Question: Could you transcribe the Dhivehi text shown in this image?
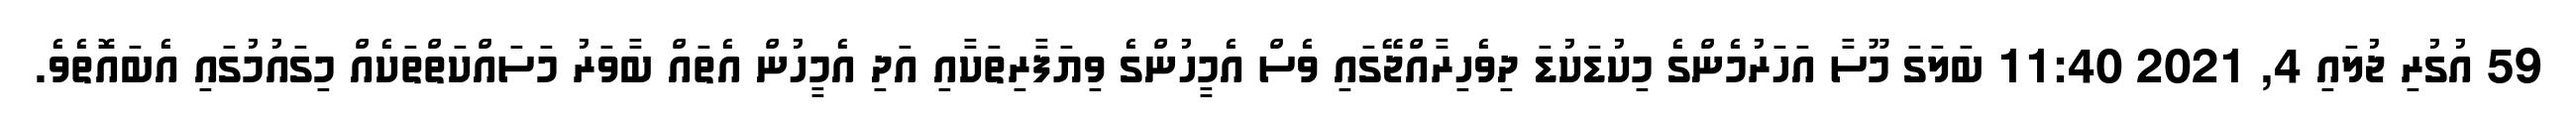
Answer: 59 އުގުރި ޖުލައި 4, 2021 11:40 ބަލަގަ މޫސާ އަހަރުމެންގެ މިކުޑަކުޑަ ދިވެހިރާއްޖޭގައި ވެސް އެމީހުންގެ ވިޔަފާރިތަކާއި އަދި އެމީހުން އެތައް ބާވަރު މަސައްކަތްތަކެއް މިގައުމުގައި އެބައޮތެވެ.